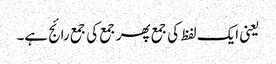
یعنی ایک لفظ کی جمع پھر جمع کی جمع رائج ہے۔